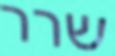
שרר